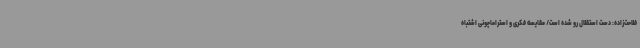
فلاحت‌زاده: دست استقلال رو شده است/ مقایسه فکری و استراماچونی اشتباه